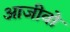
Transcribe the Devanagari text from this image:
आजीवो